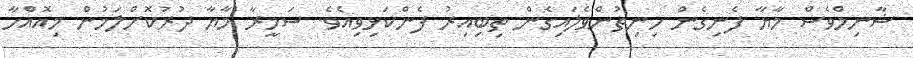
ޝާނިމްވެސް މާޔާ ފެނިގެން ހިނިތުންވެލައިގެން ތިބިއިރު ފެންކަޅިވިއެވެ. ސަމީރާ މާޔާ ދުރުކޮށްލަމުން މިއޮއްހާ